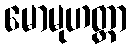
မောမုဟတ္တာ